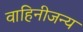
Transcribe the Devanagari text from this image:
वाहिनीजन्य